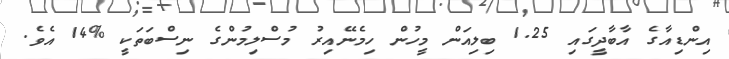
އިންޑިއާގެ އާބާދީގައި 1.25 ބިލިއަން މީހުން ހިމެނޭއިރު މުސްލިމުންގެ ނިސްބަތަކީ %14 އެވެ.